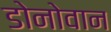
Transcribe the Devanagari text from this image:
डोनोवान